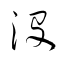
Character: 没